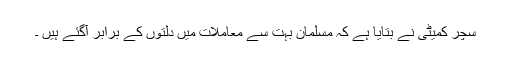
سچر کمیٹی نے بتایا ہے کہ مسلمان بہت سے معاملات میں دلتوں کے برابر آگئے ہیں ۔